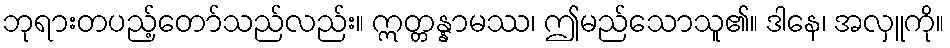
ဘုရားတပည့်တော်သည်လည်း။ ဣတ္တန္နာမဿ၊ ဤမည်သောသူ၏။ ဒါနေ၊ အလှူကို။